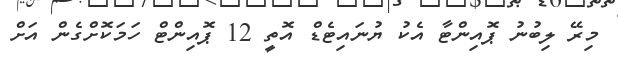
މިރޭ ލިބުނު ޕޮއިންޓާ އެކު ޔުނައިޓެޑް އޮތީ 12 ޕޮއިންޓް ހަމަކޮށްގެން އަށް